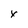
Character: x